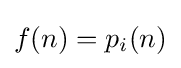
f(n)=p_{i}(n)